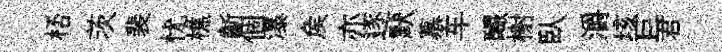
桮茨裴忧樵齗個瀑矦亦逐默慕车釅榭臥灂垓巨君